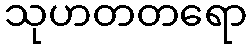
သုဟတတရော